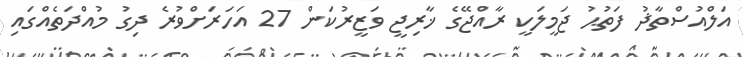
އަލްއުސްތާޛު ފަތުޙު ޖަމީލަކީ ރާއްޖޭގެ ޚާރިޖީ ވަޒީރުކަން 27 އަހަރަށްވުރެ ދިގު މުއްދަތެއްގައި